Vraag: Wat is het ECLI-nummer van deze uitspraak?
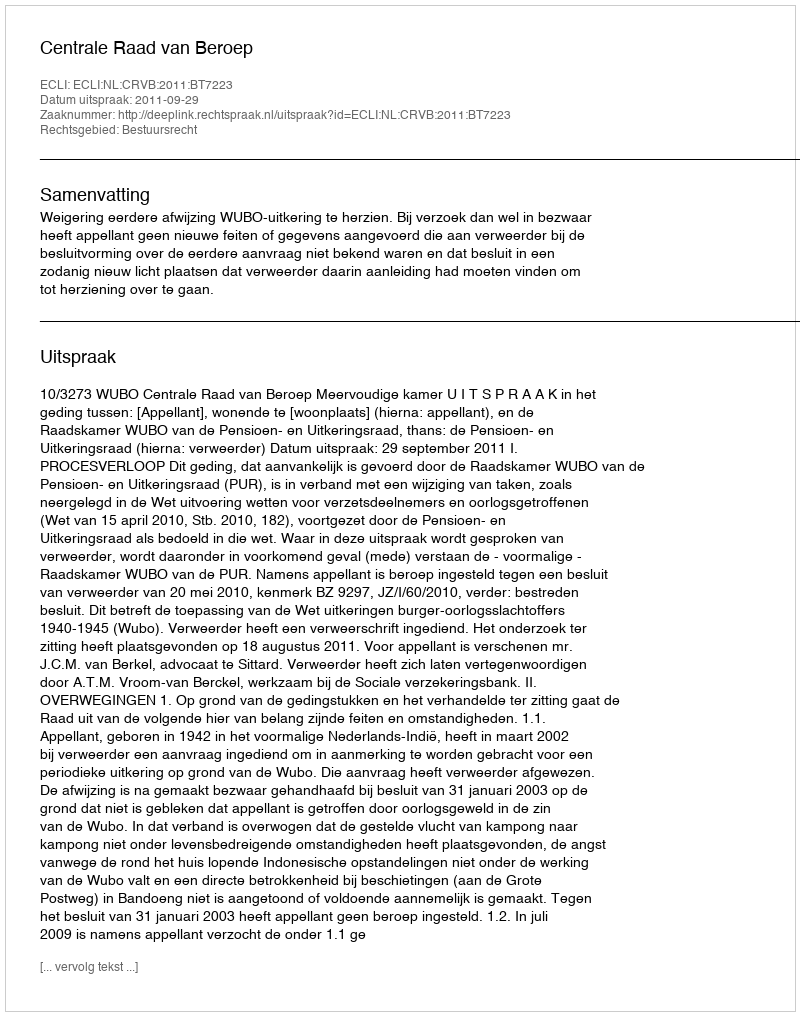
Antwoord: ECLI:NL:CRVB:2011:BT7223